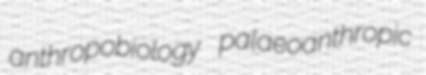
anthropobiology palaeoanthropic